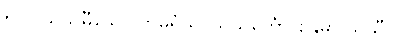
၅၂။ ဩသဓီသော ဟိမရံသိ၊ သသင်္ကော စန္ဒိမာ သသီ။